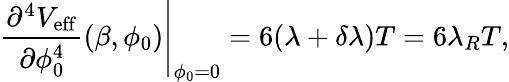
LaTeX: \left.\frac{\partial^{4}V_{\mathrm{eff}}}{\partial\phi_{0}^{4}}(\beta,\phi_{0})\right|_{\phi_{0}=0}=6(\lambda+\delta\lambda)T=6\lambda_{R}T,